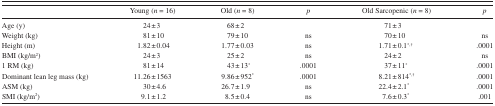
<table><thead><tr><td></td><td><b>Young (<i>n</i> = 16)</b></td><td><b>Old (<i>n</i> = 8)</b></td><td><b><i>p</i></b></td><td><b>Old Sarcopenic (<i>n</i> = 8)</b></td><td><b><i>p</i></b></td></tr></thead><tbody><tr><td>Age (y)</td><td>24±3</td><td>68±2</td><td></td><td>71±3</td><td></td></tr><tr><td>Weight (kg)</td><td>81±10</td><td>79±10</td><td>ns</td><td>70±10</td><td>ns</td></tr><tr><td>Height (m)</td><td>1.82±0.04</td><td>1.77±0.03</td><td>ns</td><td>1.71±0.1<sup>*,†</sup></td><td>.0001</td></tr><tr><td>BMI (kg/m<sup>2</sup>)</td><td>24±3</td><td>25±2</td><td>ns</td><td>24±2</td><td>ns</td></tr><tr><td>1 RM (kg)</td><td>81±14</td><td>43±13<sup>*</sup></td><td>.0001</td><td>37±11<sup>*</sup></td><td>.0001</td></tr><tr><td>Dominant lean leg mass (kg)</td><td>11.26±1563</td><td>9.86±952<sup>*</sup></td><td>.0001</td><td>8.21±814<sup>*,†</sup></td><td>.0001</td></tr><tr><td>ASM (kg)</td><td>30±4.6</td><td>26.7±1.9</td><td>ns</td><td>22.4±2.1<sup>*</sup></td><td>.0001</td></tr><tr><td>SMI (kg/m<sup>2</sup>)</td><td>9.1±1.2</td><td>8.5±0.4</td><td>ns</td><td>7.6±0.3<sup>*</sup></td><td>.001</td></tr></tbody></table>